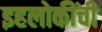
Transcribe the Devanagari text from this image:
इहलोकींची